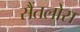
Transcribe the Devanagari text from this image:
सैंतलोस